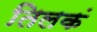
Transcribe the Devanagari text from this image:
तिलकं